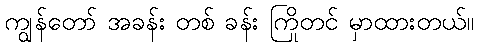
ကျွန်တော် အခန်း တစ် ခန်း ကြိုတင် မှာထားတယ်။